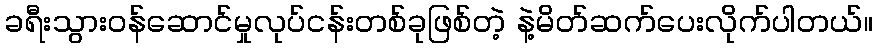
ခရီးသွားဝန်ဆောင်မှုလုပ်ငန်းတစ်ခုဖြစ်တဲ့ နဲ့မိတ်ဆက်ပေးလိုက်ပါတယ်။